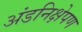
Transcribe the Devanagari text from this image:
अंडनिक्षेपण